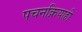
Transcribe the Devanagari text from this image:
पचनक्रियाही